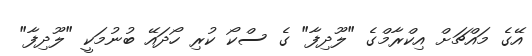
އޭގެ މައްޗަށް އިކްރާމްގެ "ލޫދިފާ" ގެ ސްކޯ ކުރި ހޯދައޭ ބުނުމަކީ "ލޫދިފާ"